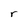
Character: r